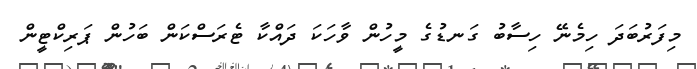
މިފަރުބަދަ ހިމެނޭ ހިސާބު ގަނޑުގެ މީހުން ވާހަކަ ދައްކާ ޓެރަސްކަން ބަހުން ޕަރިކްޓީން